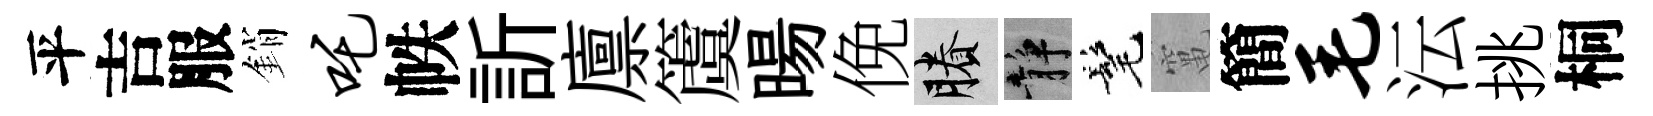
平吉服銷吒帙訢廪𥵂暘俛賸静髦𥧄簡毛沄挑桐